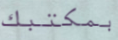
بمكتبك